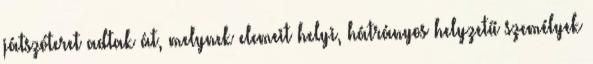
játszóteret adtak át, melynek elemeit helyi, hátrányos helyzetű személyek